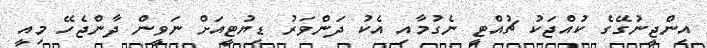
އިންޖީނުގޭގެ ކުއްޖަކު ޗުއްޓީ ނެގުމާއި އެކު ދަންވަރު ޑިޔުޓީއަށް ނަވީން ދާންޖެހޭ މިއީ